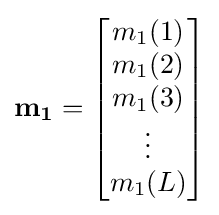
\mathbf {m_{1}} ={\begin{bmatrix}m_{1}(1)\\m_{1}(2)\\m_{1}(3)\\\vdots \\m_{1}(L)\end{bmatrix}}